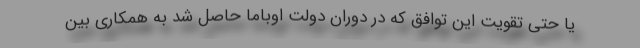
یا حتی تقویت این توافق که در دوران دولت اوباما حاصل شد به همکاری بین